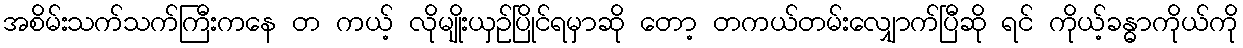
အစိမ်းသက်သက်ကြီးကနေ တ ကယ့် လိုမျိုးယှဉ်ပြိုင်ရမှာဆို တော့ တကယ်တမ်းလျှောက်ပြီဆို ရင် ကိုယ့်ခန္ဓာကိုယ်ကို